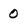
Character: 0